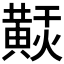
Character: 𪏂